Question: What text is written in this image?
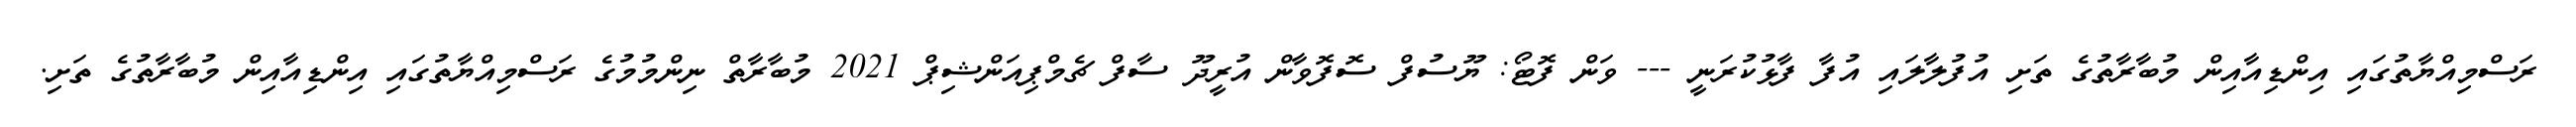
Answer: ރަސްމިއްޔާތުގައި އިންޑިއާއިން މުބާރާތުގެ ތަށި އުފުލާލައި އުފާ ފާޅުކުރަނީ --- ވަން ފޮޓޯ: ޔޫސުފް ސޮފޮވާން އުރީދޫ ސާފް ޗެމްޕިއަންޝިޕް 2021 މުބާރާތް ނިންމުމުގެ ރަސްމިއްޔާތުގައި އިންޑިއާއިން މުބާރާތުގެ ތަށި.